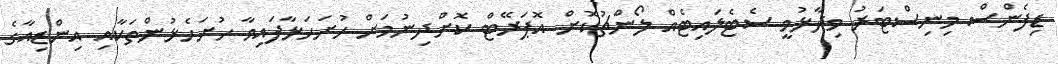
ޑިފެންސް މިނިސްޓަރު ވިދާޅުވީ ސެޓެލައިޓެއް ލޯންޗުކޮށް އޮޕަރޭޓް ކޮށްދިނުމަށް ހުށަހަޅާފައިވާ ހުށަހެޅުންތަކާއި އިންޑިއާގެ